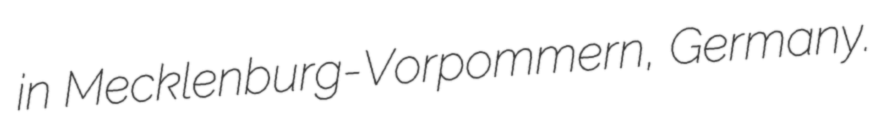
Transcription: in Mecklenburg-Vorpommern, Germany.